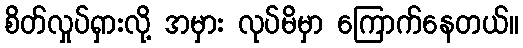
စိတ်လှုပ်ရှားလို့ အမှား လုပ်မိမှာ ကြောက်နေတယ်။